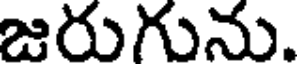
జరుగును.